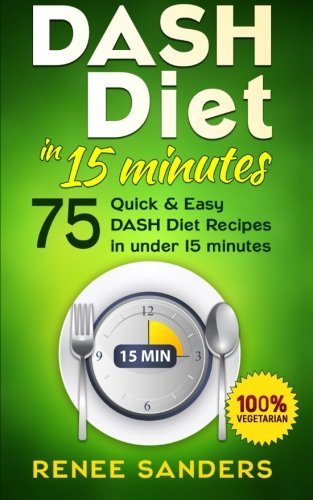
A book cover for DASH Diet in 15 Minutes: 75 Quick & Easy DASH Diet recipes in under 15 Minutes (Volume 4); Renee Sanders; Cookbooks, Food & Wine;